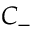
C _ { - }